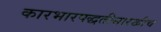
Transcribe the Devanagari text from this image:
कारभारपद्धतीसारखीच